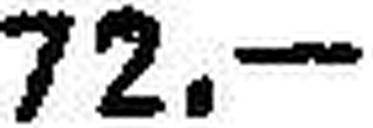
72.—